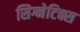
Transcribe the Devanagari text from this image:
सिग्नेटिक्स